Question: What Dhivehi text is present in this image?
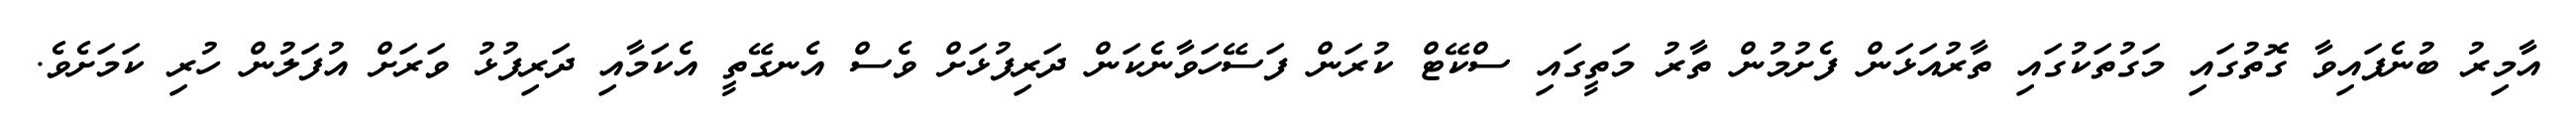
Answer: އާމިރު ބުނެފައިވާ ގޮތުގައި މަގުތަކުގައި ތާރުއަޅަން ފެށުމުން ތާރު މަތީގައި ސްކޭޓް ކުރަން ފަސޭހަވާނެކަން ދަރިފުޅަށް ވެސް އެނގޭތީ އެކަމާއި ދަރިފުޅު ވަރަށް އުފަލުން ހުރި ކަމަށެވެ.